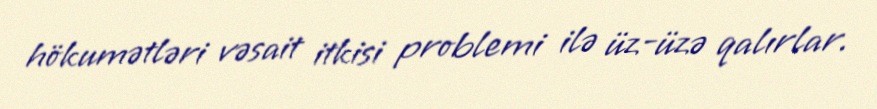
hökumətləri vəsait itkisi problemi ilə üz-üzə qalırlar.